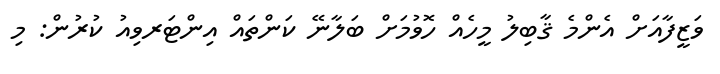
ވަޒީފާއަށް އެންމެ ޤާބިލު މީހެއް ހޮވުމަށް ބަލާނޭ ކަންތައް އިންޓަރވިއު ކުރުން: މި